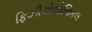
ફિઝીયોલોજિકલ